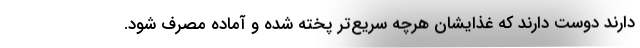
دارند دوست دارند که غذایشان هرچه سریع‌تر پخته شده و آماده مصرف شود.